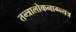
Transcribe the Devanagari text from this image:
तन्त्रालोकनाग्न्यत्र